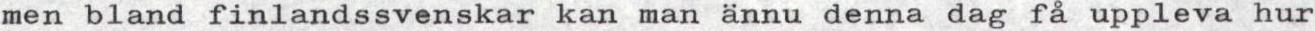
men bland finlandssvenskar kan man ännu denna dag få uppleva hur